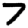
Digit: 7